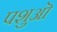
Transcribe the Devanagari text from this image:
पशुऒं